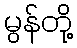
မွန်တို့